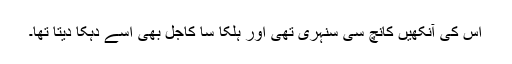
اس کی آنکھیں کانچ سی سنہری تھی اور ہلکا سا کاجل بھی اسے دہکا دیتا تھا۔